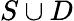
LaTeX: S\cup D